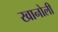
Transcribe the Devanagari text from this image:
खानोली